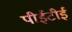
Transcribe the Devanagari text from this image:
पीईटीई